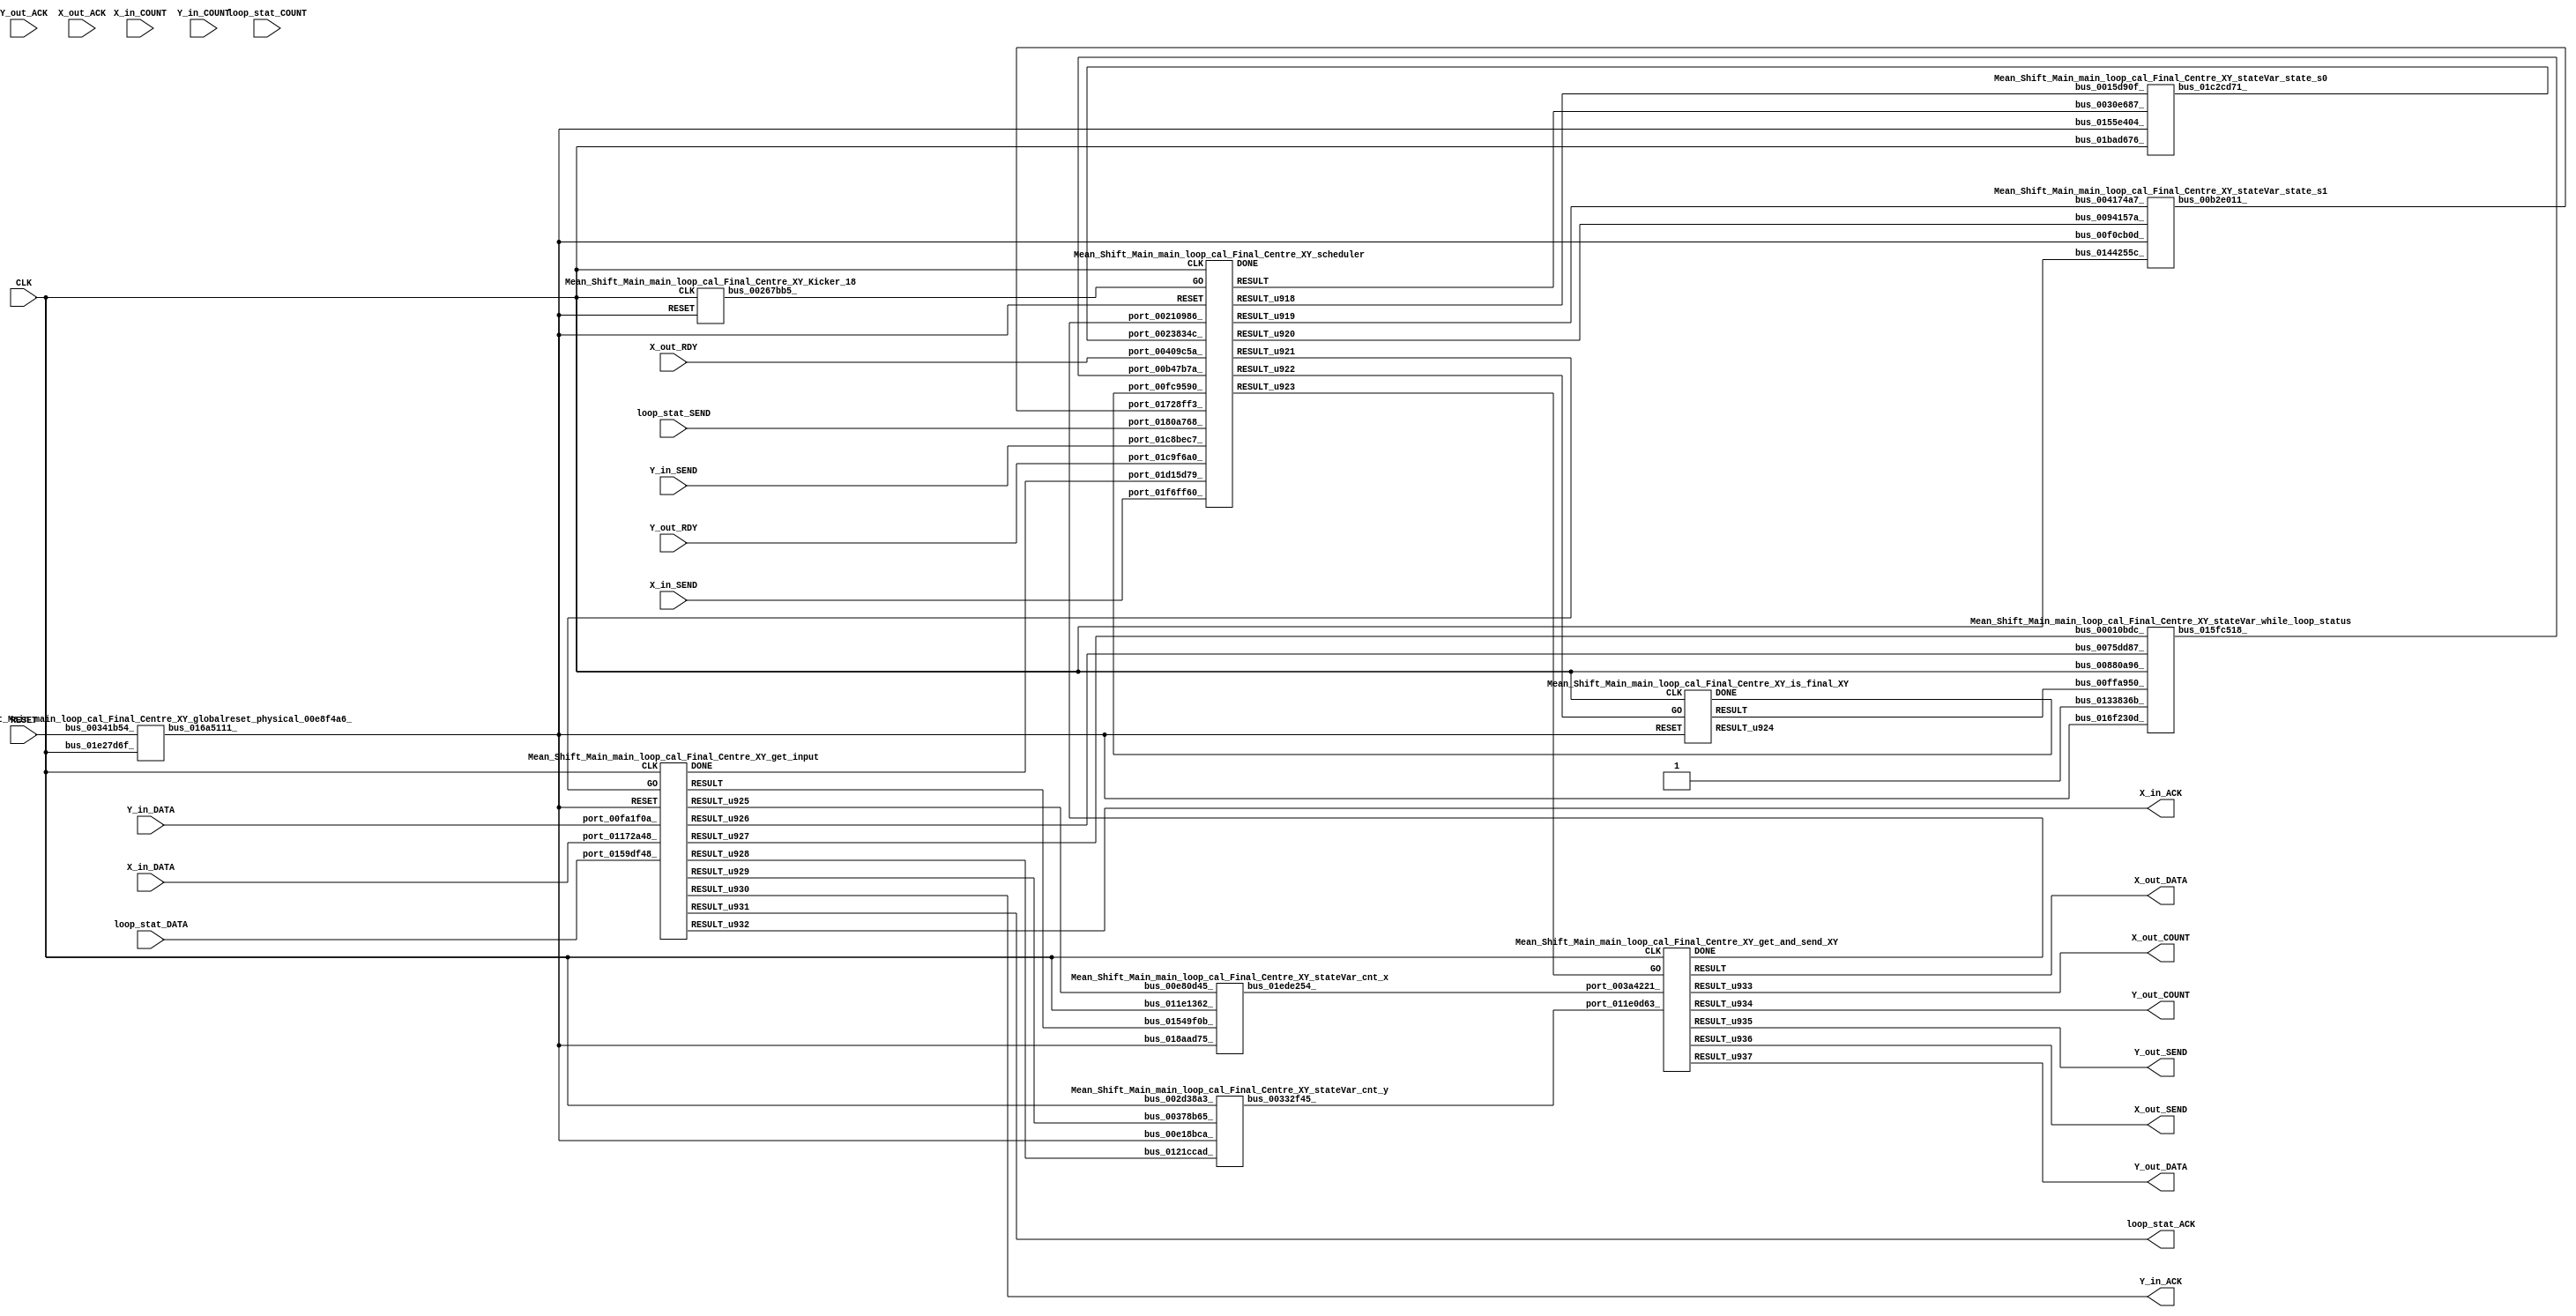
// __  ___ __ ___  _ __   ___  ___ 
// \ \/ / '__/ _ \| '_ \ / _ \/ __|
//  >  <| | | (_) | | | | (_) \__ \
// /_/\_\_|  \___/|_| |_|\___/|___/
// 
// Xronos synthesizer version
// Run date: Wed 14 Oct 2015 15:56:28 +0100
// 

module Mean_Shift_Main_main_loop_cal_Final_Centre_XY(loop_stat_DATA, Y_in_ACK, CLK, X_in_SEND, Y_out_COUNT, Y_in_SEND, X_out_RDY, Y_out_ACK, X_out_DATA, X_in_COUNT, loop_stat_SEND, RESET, X_in_ACK, Y_out_RDY, X_out_ACK, loop_stat_ACK, Y_in_DATA, Y_out_SEND, Y_in_COUNT, X_out_COUNT, X_out_SEND, loop_stat_COUNT, X_in_DATA, Y_out_DATA);
wire		get_input_done;
input		loop_stat_DATA;
output		Y_in_ACK;
input		CLK;
wire		is_final_XY_go;
input		X_in_SEND;
output	[15:0]	Y_out_COUNT;
input		Y_in_SEND;
input		X_out_RDY;
wire		get_and_send_XY_go;
input		Y_out_ACK;
output	[15:0]	X_out_DATA;
wire		get_and_send_XY_done;
input	[15:0]	X_in_COUNT;
input		loop_stat_SEND;
input		RESET;
output		X_in_ACK;
input		Y_out_RDY;
input		X_out_ACK;
output		loop_stat_ACK;
input	[31:0]	Y_in_DATA;
output		Y_out_SEND;
input	[15:0]	Y_in_COUNT;
wire		is_final_XY_done;
wire		get_input_go;
output	[15:0]	X_out_COUNT;
output		X_out_SEND;
input	[15:0]	loop_stat_COUNT;
input	[31:0]	X_in_DATA;
output	[15:0]	Y_out_DATA;
wire		bus_01c2cd71_;
wire	[15:0]	bus_00332f45_;
wire		scheduler;
wire		scheduler_u214;
wire		scheduler_u209;
wire		scheduler_u212;
wire		Mean_Shift_Main_main_loop_cal_Final_Centre_XY_scheduler_instance_DONE;
wire		scheduler_u213;
wire		scheduler_u210;
wire		scheduler_u211;
wire		bus_01b2ce94_;
wire		is_final_XY_u1;
wire		is_final_XY;
wire		Mean_Shift_Main_main_loop_cal_Final_Centre_XY_is_final_XY_instance_DONE;
wire		bus_00267bb5_;
wire		get_input_u9;
wire		get_input;
wire	[15:0]	get_input_u12;
wire		get_input_u15;
wire	[15:0]	get_input_u8;
wire		Mean_Shift_Main_main_loop_cal_Final_Centre_XY_get_input_instance_DONE;
wire		get_input_u11;
wire		get_input_u14;
wire		get_input_u10;
wire		get_input_u13;
wire		bus_015fc518_;
wire		bus_00b2e011_;
wire		bus_016a5111_;
wire		bus_01b90d34_;
wire	[15:0]	bus_01ede254_;
wire	[15:0]	get_and_send_XY_u9;
wire	[15:0]	get_and_send_XY;
wire		get_and_send_XY_u8;
wire	[15:0]	get_and_send_XY_u6;
wire		Mean_Shift_Main_main_loop_cal_Final_Centre_XY_get_and_send_XY_instance_DONE;
wire	[15:0]	get_and_send_XY_u5;
wire		get_and_send_XY_u7;
wire		bus_01af983d_;
assign get_input_done=bus_01af983d_;
assign Y_in_ACK=get_input_u13;
assign is_final_XY_go=scheduler_u213;
assign Y_out_COUNT=get_and_send_XY_u6;
assign get_and_send_XY_go=scheduler_u214;
assign X_out_DATA=get_and_send_XY;
assign get_and_send_XY_done=bus_01b2ce94_;
assign X_in_ACK=get_input_u15;
assign loop_stat_ACK=get_input_u14;
assign Y_out_SEND=get_and_send_XY_u8;
assign is_final_XY_done=bus_01b90d34_;
assign get_input_go=scheduler_u212;
assign X_out_COUNT=get_and_send_XY_u5;
assign X_out_SEND=get_and_send_XY_u7;
assign Y_out_DATA=get_and_send_XY_u9;
Mean_Shift_Main_main_loop_cal_Final_Centre_XY_stateVar_state_s0 Mean_Shift_Main_main_loop_cal_Final_Centre_XY_stateVar_state_s0_1(.bus_01bad676_(CLK), 
  .bus_0155e404_(bus_016a5111_), .bus_0030e687_(scheduler), .bus_0015d90f_(scheduler_u209), 
  .bus_01c2cd71_(bus_01c2cd71_));
Mean_Shift_Main_main_loop_cal_Final_Centre_XY_stateVar_cnt_y Mean_Shift_Main_main_loop_cal_Final_Centre_XY_stateVar_cnt_y_1(.bus_002d38a3_(CLK), 
  .bus_00e18bca_(bus_016a5111_), .bus_0121ccad_(get_input_u11), .bus_00378b65_(get_input_u12), 
  .bus_00332f45_(bus_00332f45_));
Mean_Shift_Main_main_loop_cal_Final_Centre_XY_scheduler Mean_Shift_Main_main_loop_cal_Final_Centre_XY_scheduler_instance(.CLK(CLK), 
  .RESET(bus_016a5111_), .GO(bus_00267bb5_), .port_0023834c_(bus_01c2cd71_), .port_01728ff3_(bus_00b2e011_), 
  .port_00b47b7a_(bus_015fc518_), .port_00210986_(get_and_send_XY_done), .port_01d15d79_(get_input_done), 
  .port_0180a768_(loop_stat_SEND), .port_01f6ff60_(X_in_SEND), .port_01c8bec7_(Y_in_SEND), 
  .port_01c9f6a0_(Y_out_RDY), .port_00409c5a_(X_out_RDY), .port_00fc9590_(is_final_XY_done), 
  .RESULT(scheduler), .RESULT_u918(scheduler_u209), .RESULT_u919(scheduler_u210), 
  .RESULT_u920(scheduler_u211), .RESULT_u921(scheduler_u212), .RESULT_u922(scheduler_u213), 
  .RESULT_u923(scheduler_u214), .DONE(Mean_Shift_Main_main_loop_cal_Final_Centre_XY_scheduler_instance_DONE));
assign bus_01b2ce94_=Mean_Shift_Main_main_loop_cal_Final_Centre_XY_get_and_send_XY_instance_DONE&{1{Mean_Shift_Main_main_loop_cal_Final_Centre_XY_get_and_send_XY_instance_DONE}};
Mean_Shift_Main_main_loop_cal_Final_Centre_XY_is_final_XY Mean_Shift_Main_main_loop_cal_Final_Centre_XY_is_final_XY_instance(.CLK(CLK), 
  .RESET(bus_016a5111_), .GO(is_final_XY_go), .RESULT(is_final_XY), .RESULT_u924(is_final_XY_u1), 
  .DONE(Mean_Shift_Main_main_loop_cal_Final_Centre_XY_is_final_XY_instance_DONE));
Mean_Shift_Main_main_loop_cal_Final_Centre_XY_Kicker_18 Mean_Shift_Main_main_loop_cal_Final_Centre_XY_Kicker_18_1(.CLK(CLK), 
  .RESET(bus_016a5111_), .bus_00267bb5_(bus_00267bb5_));
Mean_Shift_Main_main_loop_cal_Final_Centre_XY_get_input Mean_Shift_Main_main_loop_cal_Final_Centre_XY_get_input_instance(.CLK(CLK), 
  .RESET(bus_016a5111_), .GO(get_input_go), .port_0159df48_(loop_stat_DATA), .port_00fa1f0a_(Y_in_DATA), 
  .port_01172a48_(X_in_DATA), .RESULT(get_input), .RESULT_u925(get_input_u8), .RESULT_u926(get_input_u9), 
  .RESULT_u927(get_input_u10), .RESULT_u928(get_input_u11), .RESULT_u929(get_input_u12), 
  .RESULT_u930(get_input_u13), .RESULT_u931(get_input_u14), .RESULT_u932(get_input_u15), 
  .DONE(Mean_Shift_Main_main_loop_cal_Final_Centre_XY_get_input_instance_DONE));
Mean_Shift_Main_main_loop_cal_Final_Centre_XY_stateVar_while_loop_status Mean_Shift_Main_main_loop_cal_Final_Centre_XY_stateVar_while_loop_status_1(.bus_00880a96_(CLK), 
  .bus_016f230d_(bus_016a5111_), .bus_0075dd87_(get_input_u9), .bus_00010bdc_(get_input_u10), 
  .bus_00ffa950_(is_final_XY), .bus_0133836b_(1'h1), .bus_015fc518_(bus_015fc518_));
Mean_Shift_Main_main_loop_cal_Final_Centre_XY_stateVar_state_s1 Mean_Shift_Main_main_loop_cal_Final_Centre_XY_stateVar_state_s1_1(.bus_0144255c_(CLK), 
  .bus_00f0cb0d_(bus_016a5111_), .bus_004174a7_(scheduler_u210), .bus_0094157a_(scheduler_u211), 
  .bus_00b2e011_(bus_00b2e011_));
Mean_Shift_Main_main_loop_cal_Final_Centre_XY_globalreset_physical_00e8f4a6_ Mean_Shift_Main_main_loop_cal_Final_Centre_XY_globalreset_physical_00e8f4a6__1(.bus_01e27d6f_(CLK), 
  .bus_00341b54_(RESET), .bus_016a5111_(bus_016a5111_));
assign bus_01b90d34_=Mean_Shift_Main_main_loop_cal_Final_Centre_XY_is_final_XY_instance_DONE&{1{Mean_Shift_Main_main_loop_cal_Final_Centre_XY_is_final_XY_instance_DONE}};
Mean_Shift_Main_main_loop_cal_Final_Centre_XY_stateVar_cnt_x Mean_Shift_Main_main_loop_cal_Final_Centre_XY_stateVar_cnt_x_1(.bus_011e1362_(CLK), 
  .bus_018aad75_(bus_016a5111_), .bus_01549f0b_(get_input), .bus_00e80d45_(get_input_u8), 
  .bus_01ede254_(bus_01ede254_));
Mean_Shift_Main_main_loop_cal_Final_Centre_XY_get_and_send_XY Mean_Shift_Main_main_loop_cal_Final_Centre_XY_get_and_send_XY_instance(.CLK(CLK), 
  .GO(get_and_send_XY_go), .port_011e0d63_(bus_00332f45_), .port_003a4221_(bus_01ede254_), 
  .RESULT(get_and_send_XY), .RESULT_u933(get_and_send_XY_u5), .RESULT_u934(get_and_send_XY_u6), 
  .RESULT_u936(get_and_send_XY_u7), .RESULT_u935(get_and_send_XY_u8), .RESULT_u937(get_and_send_XY_u9), 
  .DONE(Mean_Shift_Main_main_loop_cal_Final_Centre_XY_get_and_send_XY_instance_DONE));
assign bus_01af983d_=Mean_Shift_Main_main_loop_cal_Final_Centre_XY_get_input_instance_DONE&{1{Mean_Shift_Main_main_loop_cal_Final_Centre_XY_get_input_instance_DONE}};
endmodule



module Mean_Shift_Main_main_loop_cal_Final_Centre_XY_stateVar_state_s0(bus_01bad676_, bus_0155e404_, bus_0030e687_, bus_0015d90f_, bus_01c2cd71_);
input		bus_01bad676_;
input		bus_0155e404_;
input		bus_0030e687_;
input		bus_0015d90f_;
output		bus_01c2cd71_;
reg		stateVar_state_s0_u14=1'h0;
always @(posedge bus_01bad676_ or posedge bus_0155e404_)
begin
if (bus_0155e404_)
stateVar_state_s0_u14<=1'h0;
else if (bus_0030e687_)
stateVar_state_s0_u14<=bus_0015d90f_;
end
assign bus_01c2cd71_=stateVar_state_s0_u14;
endmodule



module Mean_Shift_Main_main_loop_cal_Final_Centre_XY_endianswapper_01b502a3_(endianswapper_01b502a3_in, endianswapper_01b502a3_out);
input	[15:0]	endianswapper_01b502a3_in;
output	[15:0]	endianswapper_01b502a3_out;
assign endianswapper_01b502a3_out=endianswapper_01b502a3_in;
endmodule



module Mean_Shift_Main_main_loop_cal_Final_Centre_XY_endianswapper_00ea6aae_(endianswapper_00ea6aae_in, endianswapper_00ea6aae_out);
input	[15:0]	endianswapper_00ea6aae_in;
output	[15:0]	endianswapper_00ea6aae_out;
assign endianswapper_00ea6aae_out=endianswapper_00ea6aae_in;
endmodule



module Mean_Shift_Main_main_loop_cal_Final_Centre_XY_stateVar_cnt_y(bus_002d38a3_, bus_00e18bca_, bus_0121ccad_, bus_00378b65_, bus_00332f45_);
input		bus_002d38a3_;
input		bus_00e18bca_;
input		bus_0121ccad_;
input	[15:0]	bus_00378b65_;
output	[15:0]	bus_00332f45_;
wire	[15:0]	endianswapper_01b502a3_out;
wire	[15:0]	endianswapper_00ea6aae_out;
reg	[15:0]	stateVar_cnt_y_u1=16'h0;
assign bus_00332f45_=endianswapper_00ea6aae_out;
Mean_Shift_Main_main_loop_cal_Final_Centre_XY_endianswapper_01b502a3_ Mean_Shift_Main_main_loop_cal_Final_Centre_XY_endianswapper_01b502a3__1(.endianswapper_01b502a3_in(bus_00378b65_), 
  .endianswapper_01b502a3_out(endianswapper_01b502a3_out));
Mean_Shift_Main_main_loop_cal_Final_Centre_XY_endianswapper_00ea6aae_ Mean_Shift_Main_main_loop_cal_Final_Centre_XY_endianswapper_00ea6aae__1(.endianswapper_00ea6aae_in(stateVar_cnt_y_u1), 
  .endianswapper_00ea6aae_out(endianswapper_00ea6aae_out));
always @(posedge bus_002d38a3_ or posedge bus_00e18bca_)
begin
if (bus_00e18bca_)
stateVar_cnt_y_u1<=16'h0;
else if (bus_0121ccad_)
stateVar_cnt_y_u1<=endianswapper_01b502a3_out;
end
endmodule



module Mean_Shift_Main_main_loop_cal_Final_Centre_XY_scheduler(CLK, RESET, GO, port_0023834c_, port_01728ff3_, port_00b47b7a_, port_00210986_, port_01d15d79_, port_0180a768_, port_01f6ff60_, port_01c8bec7_, port_01c9f6a0_, port_00409c5a_, port_00fc9590_, RESULT, RESULT_u918, RESULT_u919, RESULT_u920, RESULT_u921, RESULT_u922, RESULT_u923, DONE);
input		CLK;
input		RESET;
input		GO;
input		port_0023834c_;
input		port_01728ff3_;
input		port_00b47b7a_;
input		port_00210986_;
input		port_01d15d79_;
input		port_0180a768_;
input		port_01f6ff60_;
input		port_01c8bec7_;
input		port_01c9f6a0_;
input		port_00409c5a_;
input		port_00fc9590_;
output		RESULT;
output		RESULT_u918;
output		RESULT_u919;
output		RESULT_u920;
output		RESULT_u921;
output		RESULT_u922;
output		RESULT_u923;
output		DONE;
reg		reg_00d17b57_u0=1'h0;
wire		and_u1452_u0;
wire		and_u1453_u0;
wire		and_u1454_u0;
wire signed		equals_b_signed;
wire signed		equals_a_signed;
wire		equals;
wire		and_u1455_u0;
wire		and_u1456_u0;
wire		and_u1457_u0;
wire		not_u299_u0;
wire		and_u1458_u0;
wire		and_u1459_u0;
wire		not_u300_u0;
wire		simplePinWrite;
wire		and_u1460_u0;
wire		and_u1461_u0;
wire		not_u301_u0;
wire		and_u1462_u0;
wire		simplePinWrite_u201;
wire		and_u1463_u0;
wire		and_u1464_u0;
wire		and_u1465_u0;
wire		and_u1466_u0;
wire		and_u1467_u0;
wire		not_u302_u0;
wire		and_u1468_u0;
wire		and_u1469_u0;
wire		and_u1470_u0;
wire		not_u303_u0;
wire		and_u1471_u0;
wire		simplePinWrite_u202;
wire		and_u1472_u0;
wire		and_u1473_u0;
wire		and_u1474_u0;
wire		or_u411_u0;
wire		mux_u478;
wire		or_u412_u0;
wire		mux_u479_u0;
wire		or_u413_u0;
wire		mux_u480_u0;
wire		or_u414_u0;
reg		reg_01799e6c_u0=1'h0;
reg		reg_01b61574_u0=1'h0;
wire		mux_u481_u0;
wire		or_u415_u0;
always @(posedge CLK or posedge RESET)
begin
if (RESET)
reg_00d17b57_u0<=1'h0;
else reg_00d17b57_u0<=and_u1452_u0;
end
assign and_u1452_u0=or_u413_u0&or_u413_u0;
assign and_u1453_u0=port_01f6ff60_&port_01c8bec7_;
assign and_u1454_u0=and_u1453_u0&port_0180a768_;
assign equals_a_signed=port_00b47b7a_;
assign equals_b_signed=1'h0;
assign equals=equals_a_signed==equals_b_signed;
assign and_u1455_u0=port_00409c5a_&port_01c9f6a0_;
assign and_u1456_u0=and_u1452_u0&not_u299_u0;
assign and_u1457_u0=and_u1452_u0&port_0023834c_;
assign not_u299_u0=~port_0023834c_;
assign and_u1458_u0=and_u1467_u0&equals;
assign and_u1459_u0=and_u1467_u0&not_u300_u0;
assign not_u300_u0=~equals;
assign simplePinWrite=and_u1460_u0&{1{and_u1460_u0}};
assign and_u1460_u0=and_u1465_u0&and_u1465_u0;
assign and_u1461_u0=and_u1466_u0&not_u301_u0;
assign not_u301_u0=~and_u1454_u0;
assign and_u1462_u0=and_u1466_u0&and_u1454_u0;
assign simplePinWrite_u201=and_u1463_u0&{1{and_u1463_u0}};
assign and_u1463_u0=and_u1464_u0&and_u1464_u0;
assign and_u1464_u0=and_u1462_u0&and_u1466_u0;
assign and_u1465_u0=and_u1458_u0&and_u1467_u0;
assign and_u1466_u0=and_u1459_u0&and_u1467_u0;
assign and_u1467_u0=and_u1457_u0&and_u1452_u0;
assign not_u302_u0=~port_01728ff3_;
assign and_u1468_u0=and_u1452_u0&port_01728ff3_;
assign and_u1469_u0=and_u1452_u0&not_u302_u0;
assign and_u1470_u0=and_u1473_u0&and_u1455_u0;
assign not_u303_u0=~and_u1455_u0;
assign and_u1471_u0=and_u1473_u0&not_u303_u0;
assign simplePinWrite_u202=and_u1472_u0&{1{and_u1472_u0}};
assign and_u1472_u0=and_u1470_u0&and_u1473_u0;
assign and_u1473_u0=and_u1474_u0&and_u1474_u0;
assign and_u1474_u0=and_u1468_u0&and_u1452_u0;
assign or_u411_u0=and_u1460_u0|and_u1472_u0;
assign mux_u478=(and_u1460_u0)?1'h0:1'h1;
assign or_u412_u0=and_u1460_u0|and_u1472_u0;
assign mux_u479_u0=(and_u1460_u0)?1'h1:1'h0;
assign or_u413_u0=reg_01799e6c_u0|reg_00d17b57_u0;
assign mux_u480_u0=(GO)?1'h0:mux_u479_u0;
assign or_u414_u0=GO|or_u412_u0;
always @(posedge CLK or posedge RESET)
begin
if (RESET)
reg_01799e6c_u0<=1'h0;
else reg_01799e6c_u0<=reg_01b61574_u0;
end
always @(posedge CLK or posedge RESET)
begin
if (RESET)
reg_01b61574_u0<=1'h0;
else reg_01b61574_u0<=GO;
end
assign mux_u481_u0=(GO)?1'h1:mux_u478;
assign or_u415_u0=GO|or_u411_u0;
assign RESULT=or_u415_u0;
assign RESULT_u918=mux_u481_u0;
assign RESULT_u919=or_u414_u0;
assign RESULT_u920=mux_u480_u0;
assign RESULT_u921=simplePinWrite_u201;
assign RESULT_u922=simplePinWrite;
assign RESULT_u923=simplePinWrite_u202;
assign DONE=1'h0;
endmodule



module Mean_Shift_Main_main_loop_cal_Final_Centre_XY_is_final_XY(CLK, RESET, GO, RESULT, RESULT_u924, DONE);
input		CLK;
input		RESET;
input		GO;
output		RESULT;
output		RESULT_u924;
output		DONE;
reg		reg_003cbb16_u0=1'h0;
always @(posedge CLK or posedge RESET)
begin
if (RESET)
reg_003cbb16_u0<=1'h0;
else reg_003cbb16_u0<=GO;
end
assign RESULT=GO;
assign RESULT_u924=1'h1;
assign DONE=reg_003cbb16_u0;
endmodule



module Mean_Shift_Main_main_loop_cal_Final_Centre_XY_Kicker_18(CLK, RESET, bus_00267bb5_);
input		CLK;
input		RESET;
output		bus_00267bb5_;
reg		kicker_2=1'h0;
reg		kicker_res=1'h0;
wire		bus_0086e4a8_;
reg		kicker_1=1'h0;
wire		bus_01d1dc30_;
wire		bus_013e144f_;
wire		bus_01168c90_;
assign bus_00267bb5_=kicker_res;
always @(posedge CLK)
begin
kicker_2<=bus_0086e4a8_;
end
always @(posedge CLK)
begin
kicker_res<=bus_01168c90_;
end
assign bus_0086e4a8_=bus_013e144f_&kicker_1;
always @(posedge CLK)
begin
kicker_1<=bus_013e144f_;
end
assign bus_01d1dc30_=~kicker_2;
assign bus_013e144f_=~RESET;
assign bus_01168c90_=kicker_1&bus_013e144f_&bus_01d1dc30_;
endmodule



module Mean_Shift_Main_main_loop_cal_Final_Centre_XY_get_input(CLK, RESET, GO, port_0159df48_, port_00fa1f0a_, port_01172a48_, RESULT, RESULT_u925, RESULT_u926, RESULT_u927, RESULT_u928, RESULT_u929, RESULT_u930, RESULT_u931, RESULT_u932, DONE);
input		CLK;
input		RESET;
input		GO;
input		port_0159df48_;
input	[31:0]	port_00fa1f0a_;
input	[31:0]	port_01172a48_;
output		RESULT;
output	[15:0]	RESULT_u925;
output		RESULT_u926;
output		RESULT_u927;
output		RESULT_u928;
output	[15:0]	RESULT_u929;
output		RESULT_u930;
output		RESULT_u931;
output		RESULT_u932;
output		DONE;
wire		simplePinWrite;
wire		simplePinWrite_u203;
wire		simplePinWrite_u204;
reg		reg_016a4d86_u0=1'h0;
assign simplePinWrite=GO&{1{GO}};
assign simplePinWrite_u203=GO&{1{GO}};
assign simplePinWrite_u204=GO&{1{GO}};
always @(posedge CLK or posedge RESET)
begin
if (RESET)
reg_016a4d86_u0<=1'h0;
else reg_016a4d86_u0<=GO;
end
assign RESULT=GO;
assign RESULT_u925=port_01172a48_[15:0];
assign RESULT_u926=GO;
assign RESULT_u927=port_0159df48_;
assign RESULT_u928=GO;
assign RESULT_u929=port_00fa1f0a_[15:0];
assign RESULT_u930=simplePinWrite_u203;
assign RESULT_u931=simplePinWrite_u204;
assign RESULT_u932=simplePinWrite;
assign DONE=reg_016a4d86_u0;
endmodule



module Mean_Shift_Main_main_loop_cal_Final_Centre_XY_stateVar_while_loop_status(bus_00880a96_, bus_016f230d_, bus_0075dd87_, bus_00010bdc_, bus_00ffa950_, bus_0133836b_, bus_015fc518_);
input		bus_00880a96_;
input		bus_016f230d_;
input		bus_0075dd87_;
input		bus_00010bdc_;
input		bus_00ffa950_;
input		bus_0133836b_;
output		bus_015fc518_;
reg		stateVar_while_loop_status_u5=1'h1;
wire		mux_0086d5f0_u0;
wire		or_0185f209_u0;
assign bus_015fc518_=stateVar_while_loop_status_u5;
always @(posedge bus_00880a96_ or posedge bus_016f230d_)
begin
if (bus_016f230d_)
stateVar_while_loop_status_u5<=1'h1;
else if (or_0185f209_u0)
stateVar_while_loop_status_u5<=mux_0086d5f0_u0;
end
assign mux_0086d5f0_u0=(bus_0075dd87_)?bus_00010bdc_:1'h1;
assign or_0185f209_u0=bus_0075dd87_|bus_00ffa950_;
endmodule



module Mean_Shift_Main_main_loop_cal_Final_Centre_XY_stateVar_state_s1(bus_0144255c_, bus_00f0cb0d_, bus_004174a7_, bus_0094157a_, bus_00b2e011_);
input		bus_0144255c_;
input		bus_00f0cb0d_;
input		bus_004174a7_;
input		bus_0094157a_;
output		bus_00b2e011_;
reg		stateVar_state_s1_u16=1'h0;
always @(posedge bus_0144255c_ or posedge bus_00f0cb0d_)
begin
if (bus_00f0cb0d_)
stateVar_state_s1_u16<=1'h0;
else if (bus_004174a7_)
stateVar_state_s1_u16<=bus_0094157a_;
end
assign bus_00b2e011_=stateVar_state_s1_u16;
endmodule



module Mean_Shift_Main_main_loop_cal_Final_Centre_XY_globalreset_physical_00e8f4a6_(bus_01e27d6f_, bus_00341b54_, bus_016a5111_);
input		bus_01e27d6f_;
input		bus_00341b54_;
output		bus_016a5111_;
reg		glitch_u18=1'h0;
reg		final_u18=1'h1;
wire		and_01258e02_u0;
wire		not_0112bb9f_u0;
wire		or_00ee6366_u0;
reg		sample_u18=1'h0;
reg		cross_u18=1'h0;
always @(posedge bus_01e27d6f_)
begin
glitch_u18<=cross_u18;
end
always @(posedge bus_01e27d6f_)
begin
final_u18<=not_0112bb9f_u0;
end
assign and_01258e02_u0=cross_u18&glitch_u18;
assign not_0112bb9f_u0=~and_01258e02_u0;
assign or_00ee6366_u0=bus_00341b54_|final_u18;
always @(posedge bus_01e27d6f_)
begin
sample_u18<=1'h1;
end
always @(posedge bus_01e27d6f_)
begin
cross_u18<=sample_u18;
end
assign bus_016a5111_=or_00ee6366_u0;
endmodule



module Mean_Shift_Main_main_loop_cal_Final_Centre_XY_endianswapper_007c158f_(endianswapper_007c158f_in, endianswapper_007c158f_out);
input	[15:0]	endianswapper_007c158f_in;
output	[15:0]	endianswapper_007c158f_out;
assign endianswapper_007c158f_out=endianswapper_007c158f_in;
endmodule



module Mean_Shift_Main_main_loop_cal_Final_Centre_XY_endianswapper_0130f428_(endianswapper_0130f428_in, endianswapper_0130f428_out);
input	[15:0]	endianswapper_0130f428_in;
output	[15:0]	endianswapper_0130f428_out;
assign endianswapper_0130f428_out=endianswapper_0130f428_in;
endmodule



module Mean_Shift_Main_main_loop_cal_Final_Centre_XY_stateVar_cnt_x(bus_011e1362_, bus_018aad75_, bus_01549f0b_, bus_00e80d45_, bus_01ede254_);
input		bus_011e1362_;
input		bus_018aad75_;
input		bus_01549f0b_;
input	[15:0]	bus_00e80d45_;
output	[15:0]	bus_01ede254_;
wire	[15:0]	endianswapper_007c158f_out;
wire	[15:0]	endianswapper_0130f428_out;
reg	[15:0]	stateVar_cnt_x_u1=16'h0;
assign bus_01ede254_=endianswapper_007c158f_out;
Mean_Shift_Main_main_loop_cal_Final_Centre_XY_endianswapper_007c158f_ Mean_Shift_Main_main_loop_cal_Final_Centre_XY_endianswapper_007c158f__1(.endianswapper_007c158f_in(stateVar_cnt_x_u1), 
  .endianswapper_007c158f_out(endianswapper_007c158f_out));
Mean_Shift_Main_main_loop_cal_Final_Centre_XY_endianswapper_0130f428_ Mean_Shift_Main_main_loop_cal_Final_Centre_XY_endianswapper_0130f428__1(.endianswapper_0130f428_in(bus_00e80d45_), 
  .endianswapper_0130f428_out(endianswapper_0130f428_out));
always @(posedge bus_011e1362_ or posedge bus_018aad75_)
begin
if (bus_018aad75_)
stateVar_cnt_x_u1<=16'h0;
else if (bus_01549f0b_)
stateVar_cnt_x_u1<=endianswapper_0130f428_out;
end
endmodule



module Mean_Shift_Main_main_loop_cal_Final_Centre_XY_get_and_send_XY(CLK, GO, port_011e0d63_, port_003a4221_, RESULT, RESULT_u933, RESULT_u934, RESULT_u935, RESULT_u936, RESULT_u937, DONE);
input		CLK;
input		GO;
input	[15:0]	port_011e0d63_;
input	[15:0]	port_003a4221_;
output	[15:0]	RESULT;
output	[15:0]	RESULT_u933;
output	[15:0]	RESULT_u934;
output		RESULT_u935;
output		RESULT_u936;
output	[15:0]	RESULT_u937;
output		DONE;
wire	[15:0]	simplePinWrite;
wire		simplePinWrite_u205;
wire	[15:0]	simplePinWrite_u206;
wire	[15:0]	simplePinWrite_u207;
wire		simplePinWrite_u208;
wire	[15:0]	simplePinWrite_u209;
assign simplePinWrite=16'h1&{16{1'h1}};
assign simplePinWrite_u205=GO&{1{GO}};
assign simplePinWrite_u206=port_003a4221_;
assign simplePinWrite_u207=16'h1&{16{1'h1}};
assign simplePinWrite_u208=GO&{1{GO}};
assign simplePinWrite_u209=port_011e0d63_;
assign RESULT=simplePinWrite_u206;
assign RESULT_u933=simplePinWrite;
assign RESULT_u934=simplePinWrite_u207;
assign RESULT_u935=simplePinWrite_u208;
assign RESULT_u936=simplePinWrite_u205;
assign RESULT_u937=simplePinWrite_u209;
assign DONE=GO;
endmodule